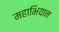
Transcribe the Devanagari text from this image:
महाभियान